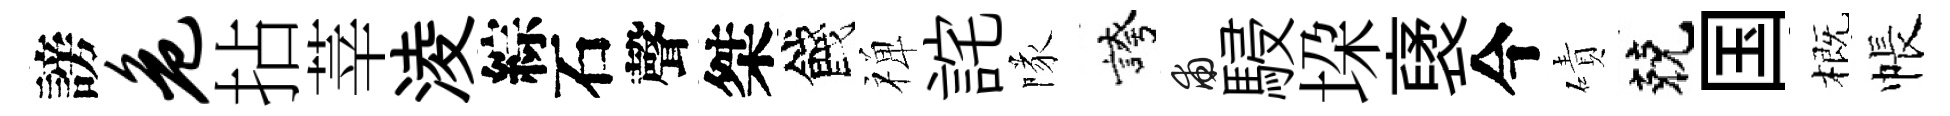
謗危拈莘淩綜石聲桀餞禅詫隊誇甫駸垜裦今磧兢国概帳